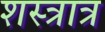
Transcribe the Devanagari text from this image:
शस्त्रात्र